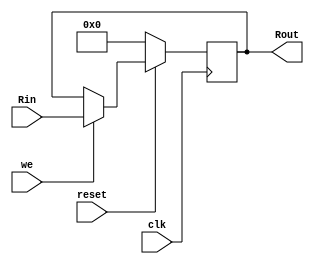
`timescale 1ns / 1ps

module D_FF_async_rst#(parameter mem_width = 8)(
    input clk,
    input reset,
    input [mem_width-1 : 0] Rin,
    input we,
    output reg [mem_width-1 : 0] Rout = {mem_width-1{1'b0}});
    
    always @(posedge clk) begin 
        if(!reset) begin
            Rout <= 0;
        end
        else if(we) begin
            Rout <= Rin;
        end
    end
    
endmodule